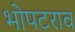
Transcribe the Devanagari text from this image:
भोपटराव